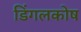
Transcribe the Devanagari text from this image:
डिंगलकोष